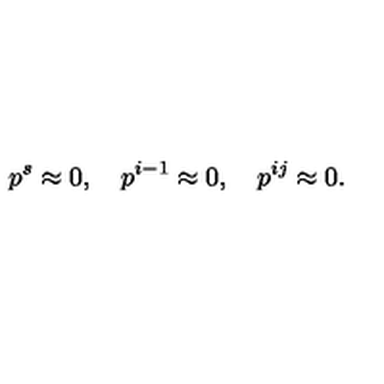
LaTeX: p ^ { s } \approx 0 , \quad p ^ { i - 1 } \approx 0 , \quad p ^ { i j } \approx 0 .